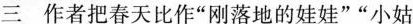
三作者把春天比作“刚落地的娃娃”“小姑